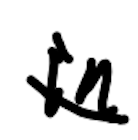
Text: in
Cross-out: wave
Writing tool: digital_black